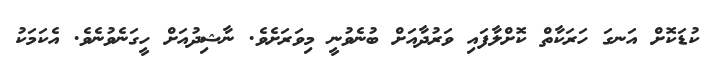
ކުޑަކޮށް އަނގަ ހަރަކާތް ކޮށްލާފައި ވަރުދާއަށް ބުނެވުނީ މިވަރަށެވެ. ނާޝިދުއަށް ހީގަނެވުނެވެ. އެކަމަކު